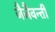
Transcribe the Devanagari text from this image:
जैजैवन्ती